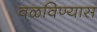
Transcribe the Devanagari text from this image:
वळविण्यास